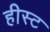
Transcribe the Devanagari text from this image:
हीस्ट